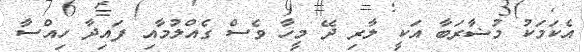
އެކަމަކު މުޟާރަބާ އަކީ ލާރި ދޭ މީހާ ވެސް ގެއްލުމާއި ފައިދާ ހިއްސާ